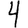
Digit: 4